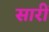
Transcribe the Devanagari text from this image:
सारीं